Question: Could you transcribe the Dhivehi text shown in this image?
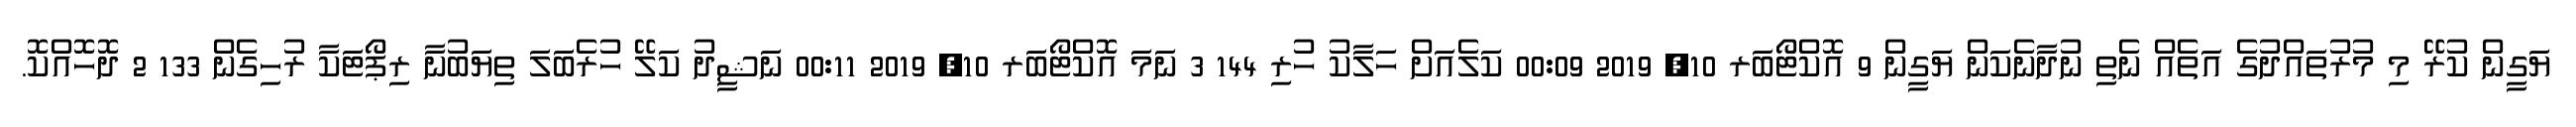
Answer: ޔަގީން ކުރޭ މި މުރުތައްދުގެ އަތެއް ނެތި ނުދާނެކަން ޔަގީން 9 އޮކްޓޯބަރ 10, 2019 00:09 ކަލެއަށް ހަލާކު ހުރި 144 3 ނަމަ އޮކްޓޯބަރ 10, 2019 00:11 ނަޝީދު ކަލޭ ހުރެބަލަ ތިޔަބުނާ ރިޕޯޓަކާ ރުހިގެން 133 2 ދޮހޮއްކޮ.